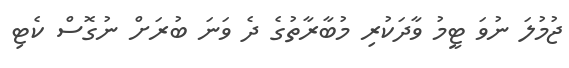
ޖުމުލަ ނުވަ ޓީމު ވާދަކުރި މުބާރާތުގެ ދެ ވަނަ ބުރަށް ނުގޮސް ކެޓި